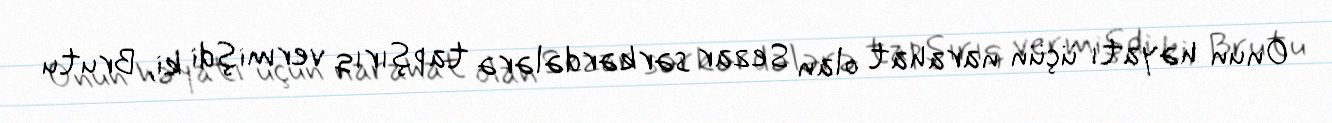
Onun həyatı üçün narahat olan Sezar sərkərdələrə tapşırıq vermişdi ki, Brutu